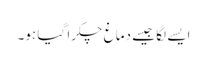
ایسے لگا جیسے دماغ چکرا گیا ہو۔